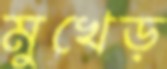
মুখেড়